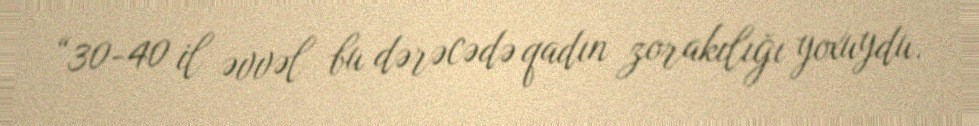
“30-40 il əvvəl bu dərəcədə qadın zorakılığı yoxuydu.